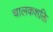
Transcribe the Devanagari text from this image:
चालकशक्ति